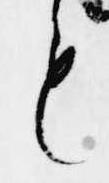
も